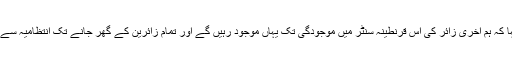
قاسم علی قاسمی نے کہا کہ ہم آخری زائر کی اس قرنطینہ سنٹر میں موجودگی تک یہاں موجود رہیں گے اور تمام زائرین کے گھر جانے تک انتظامیہ سے رابطے میں رہیں گے۔